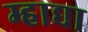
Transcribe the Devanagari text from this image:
म्हाद्या